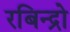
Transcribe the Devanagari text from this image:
रबिन्द्रो